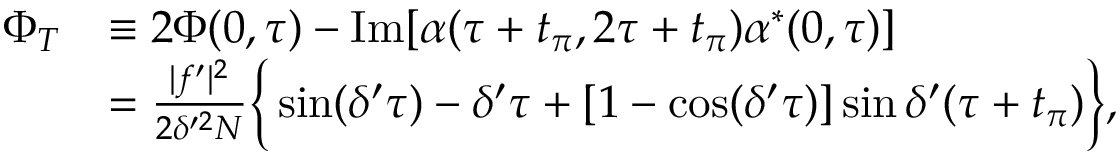
\begin{array} { r l } { \Phi _ { T } } & { \equiv 2 \Phi ( 0 , \tau ) - \mathrm { I m } [ \alpha ( \tau + t _ { \pi } , 2 \tau + t _ { \pi } ) \alpha ^ { \ast } ( 0 , \tau ) ] } \\ & { = \frac { | f ^ { \prime } | ^ { 2 } } { 2 \delta ^ { \prime 2 } N } \Big \{ \sin ( \delta ^ { \prime } \tau ) - \delta ^ { \prime } \tau + [ 1 - \cos ( \delta ^ { \prime } \tau ) ] \sin \delta ^ { \prime } ( \tau + t _ { \pi } ) \Big \} , } \end{array}